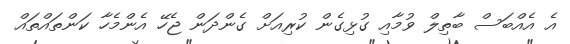
އެ އެއްބަސް ބާތިލް ވުމާއި ގުޅިގެން ކުރިއަށް ގެންދަން ޖެހޭ އެންމެހާ ކަންތައްތައް